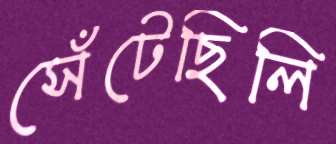
সেঁটেছিলি